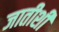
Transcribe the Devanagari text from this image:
जातीशीं